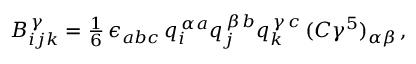
B _ { i j k } ^ { \, \gamma } = { \textstyle \frac { 1 } { 6 } } \, \epsilon _ { a b c } \, q _ { i } ^ { \, \alpha a } q _ { j } ^ { \, \beta \, b } q _ { k } ^ { \, \gamma \, c } \, ( C \gamma ^ { 5 } ) _ { \alpha \beta } \, ,